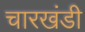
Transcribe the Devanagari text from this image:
चारखंडी